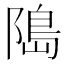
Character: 﨩